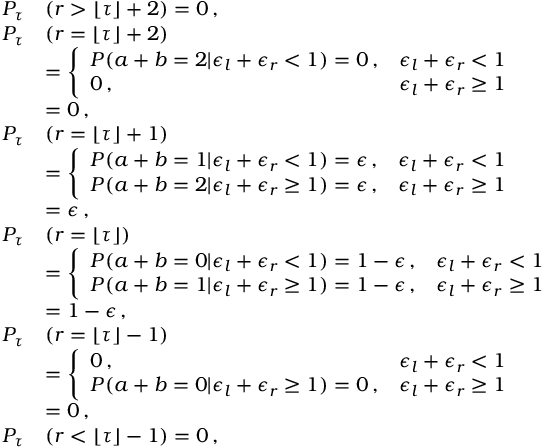
\begin{array} { r l } { P _ { \tau } } & { ( r > \lfloor \tau \rfloor + 2 ) = 0 \, , } \\ { P _ { \tau } } & { ( r = \lfloor \tau \rfloor + 2 ) } \\ & { = \left\{ \begin{array} { l l } { P ( a + b = 2 | \epsilon _ { l } + \epsilon _ { r } < 1 ) = 0 \, , } & { \epsilon _ { l } + \epsilon _ { r } < 1 } \\ { 0 \, , } & { \epsilon _ { l } + \epsilon _ { r } \geq 1 } \end{array} \right. } \\ & { = 0 \, , } \\ { P _ { \tau } } & { ( r = \lfloor \tau \rfloor + 1 ) } \\ & { = \left\{ \begin{array} { l l } { P ( a + b = 1 | \epsilon _ { l } + \epsilon _ { r } < 1 ) = \epsilon \, , } & { \epsilon _ { l } + \epsilon _ { r } < 1 } \\ { P ( a + b = 2 | \epsilon _ { l } + \epsilon _ { r } \geq 1 ) = \epsilon \, , } & { \epsilon _ { l } + \epsilon _ { r } \geq 1 } \end{array} \right. } \\ & { = \epsilon \, , } \\ { P _ { \tau } } & { ( r = \lfloor \tau \rfloor ) } \\ & { = \left\{ \begin{array} { l l } { P ( a + b = 0 | \epsilon _ { l } + \epsilon _ { r } < 1 ) = 1 - \epsilon \, , } & { \epsilon _ { l } + \epsilon _ { r } < 1 } \\ { P ( a + b = 1 | \epsilon _ { l } + \epsilon _ { r } \geq 1 ) = 1 - \epsilon \, , } & { \epsilon _ { l } + \epsilon _ { r } \geq 1 } \end{array} \right. } \\ & { = 1 - \epsilon \, , } \\ { P _ { \tau } } & { ( r = \lfloor \tau \rfloor - 1 ) } \\ & { = \left\{ \begin{array} { l l } { 0 \, , } & { \epsilon _ { l } + \epsilon _ { r } < 1 } \\ { P ( a + b = 0 | \epsilon _ { l } + \epsilon _ { r } \geq 1 ) = 0 \, , } & { \epsilon _ { l } + \epsilon _ { r } \geq 1 } \end{array} \right. } \\ & { = 0 \, , } \\ { P _ { \tau } } & { ( r < \lfloor \tau \rfloor - 1 ) = 0 \, , } \end{array}